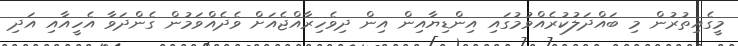
މީގެއިތުރުން މި ބައްދަލުކުރެއްވުމުގައި އިންޑިޔާއިން އިން ދިވެހިރާއްޖެއަށް ވެދެއްވަމުން ގެންދަވާ އެހީއާއި އަދި